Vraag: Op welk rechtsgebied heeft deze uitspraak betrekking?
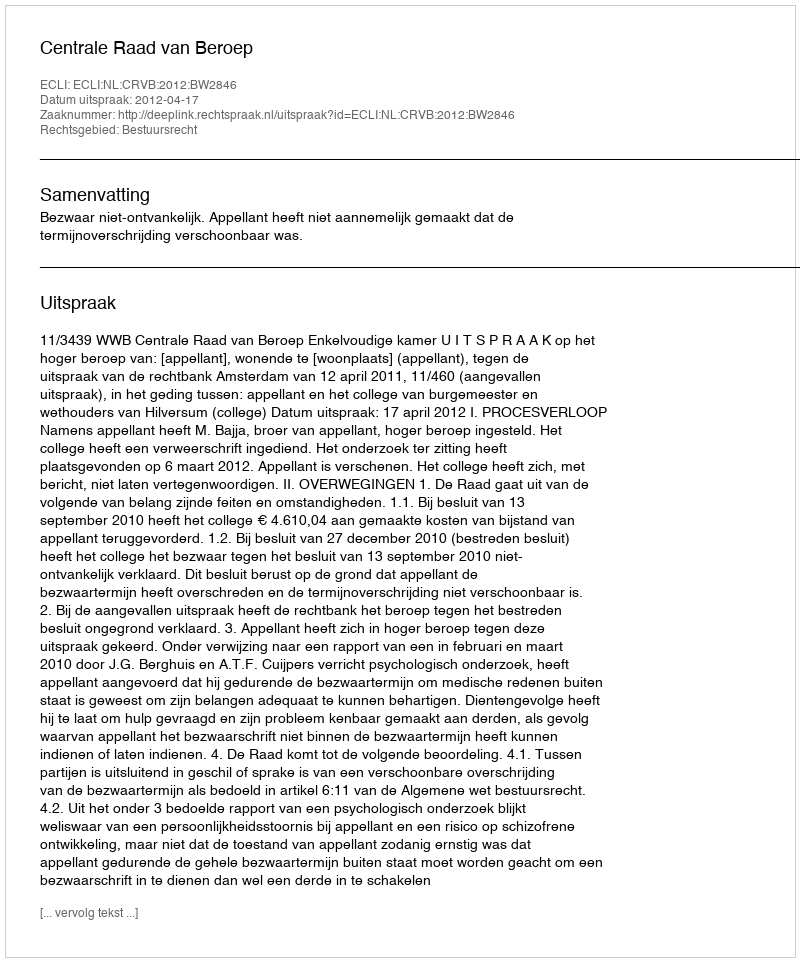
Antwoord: Bestuursrecht